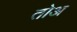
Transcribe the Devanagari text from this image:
तोअ